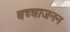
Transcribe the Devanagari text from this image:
बच्चाजनन